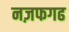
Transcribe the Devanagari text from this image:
नज़फगढ